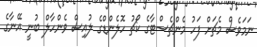
ނަމަވެސް މެޗަށް ފަހު މެންޗެސްޓާގެ ކޯޗު ހޮލެންޑްގެ ލުއިސް ވެންހާލް ބުނީ އޭނާގެ